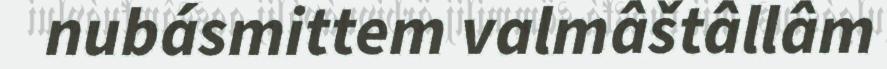
nubásmittem valmâštâllâm